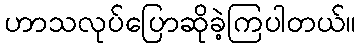
ဟာသလုပ်ပြောဆိုခဲ့ကြပါတယ်။